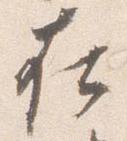
在